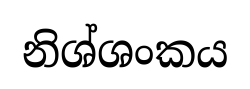
නිශ්ශංකය